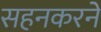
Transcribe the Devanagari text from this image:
सहनकरने